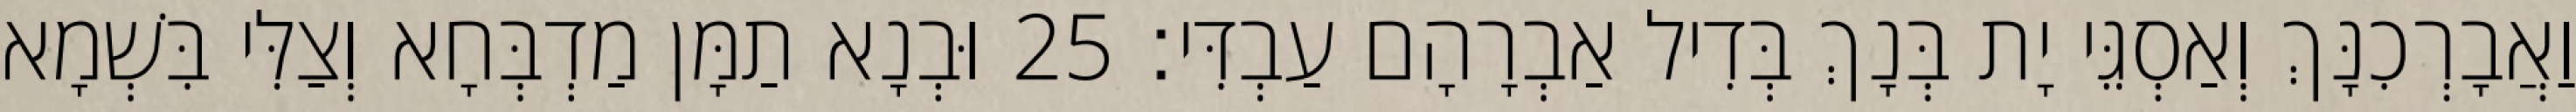
וַאֲבָרְכִנָּךְ וְאַסְגֵּי יָת בְּנָךְ בְּדִיל אַבְרָהָם עַבְדִּי׃ 25 וּבְנָא תַמָּן מַדְבְּחָא וְצַלִּי בִּשְׁמָא